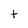
Character: t